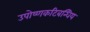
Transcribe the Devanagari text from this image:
उपोष्णकटिबन्धिय